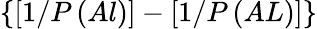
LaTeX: \{ [1/P\left(Al\right)]-[1/P\left(AL\right)]\}